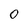
Character: 0